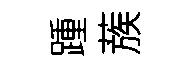
踵蔟